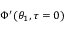
\Phi ^ { \prime } ( \theta _ { 1 } , \tau = 0 )